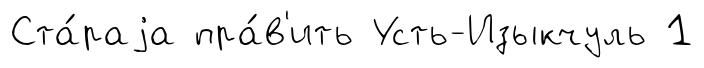
Ста́раjа пра́в'ить Усть-Изыкчуль 1